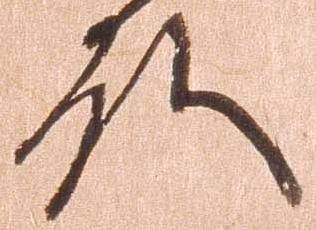
殿